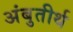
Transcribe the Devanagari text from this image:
अंबुतीर्थ